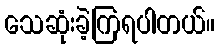
သေဆုံးခဲ့ကြရပါတယ်။